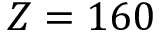
Z = 1 6 0